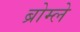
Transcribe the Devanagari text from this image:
ब्रोम्ले